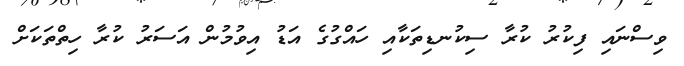
ވިސްނައި ފިކުރު ކުރާ ސިކުނޑިތަކާއި ހައްގުގެ އަޑު އިވުމުން އަސަރު ކުރާ ހިތްތަކަށް